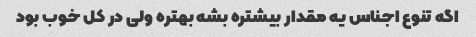
اگه تنوع اجناس یه مقدار بیشتره بشه بهتره ولی در کل خوب بود